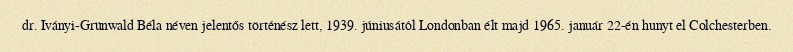
dr. Iványi-Grünwald Béla néven jelentős történész lett, 1939. júniusától Londonban élt majd 1965. január 22-én hunyt el Colchesterben.